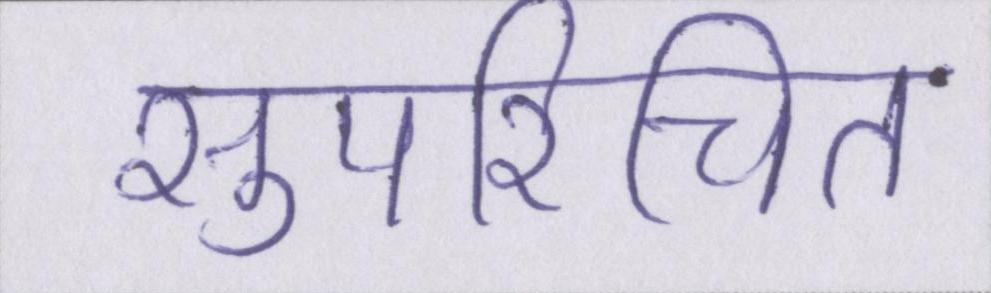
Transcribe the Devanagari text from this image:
सुपरिचित